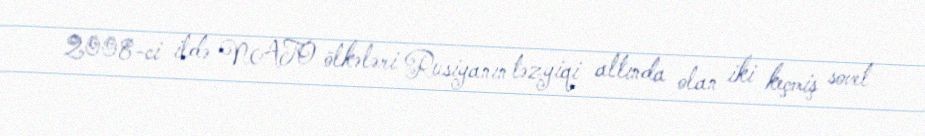
2008-ci ildə NATO ölkələri Rusiyanın təzyiqi altında olan iki keçmiş sovet